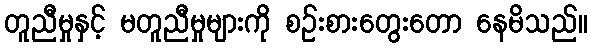
တူညီမှုနှင့် မတူညီမှုများကို စဉ်းစားတွေးတော နေမိသည်။